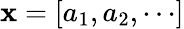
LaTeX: \mathbf{x}=[a_{1},a_{2},\cdots]